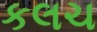
કલચ